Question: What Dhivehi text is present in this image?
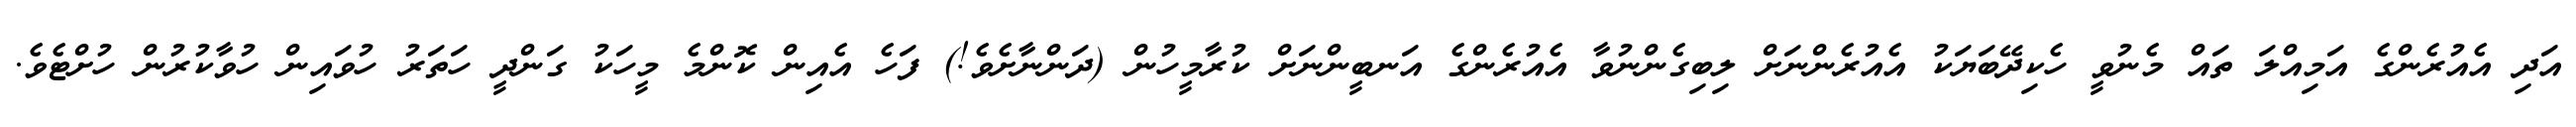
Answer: އަދި އެއުރެންގެ އަމިއްލަ ތައް މެނުވީ ހެކިދޭބަޔަކު އެއުރެންނަށް ލިބިގެންނުވާ އެއުރެންގެ އަނބީންނަށް ކުރާމީހުން (ދަންނާށެވެ!) ފަހެ އެއިން ކޮންމެ މީހަކު ގަންދީ ހަތަރު ހުވައިން ހުވާކުރުން ހުށްޓެވެ.